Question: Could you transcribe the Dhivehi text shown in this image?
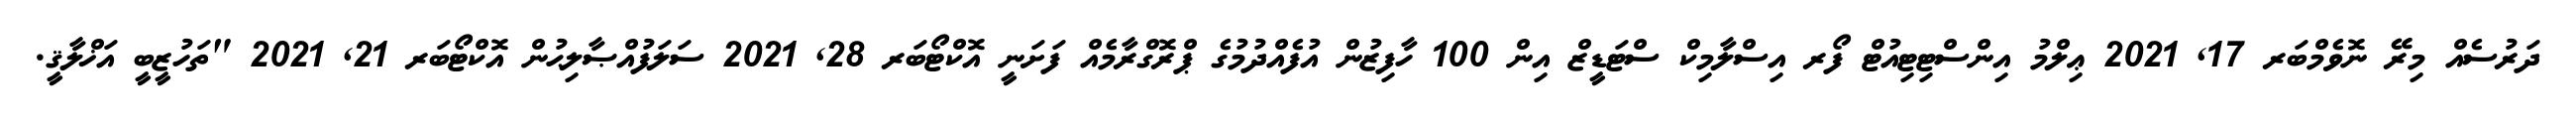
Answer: ދަރުސެއް މިރޭ ނޮވެމްބަރ 17, 2021 ޢިލްމު އިންސްޓިޓިއުޓް ފޯރ އިސްލާމިކް ސްޓަޑީޒް އިން 100 ހާފިޒުން އުފެއްދުމުގެ ޕްރޮގްރާމެއް ފަށަނީ އޮކްޓޯބަރ 28, 2021 ސަލަފުއްޞާލިޙުން އޮކްޓޯބަރ 21, 2021 "ތަހުޒީބީ އަޚްލާޤީ.